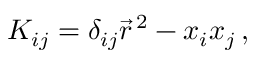
K _ { i j } = \delta _ { i j } \vec { r } ^ { \, 2 } - x _ { i } x _ { j } \, ,